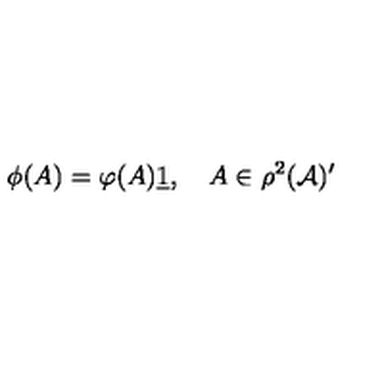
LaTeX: \phi ( A ) = \varphi ( A ) \underline { { 1 } } , \quad A \in \rho ^ { 2 } ( \mathcal { A } ) ^ { \prime }